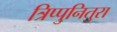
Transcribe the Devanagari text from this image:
त्रिप्पुनितुरा